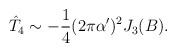
\begin{align*}\hat{T}_4 \sim -\frac{1}{4} (2 \pi \alpha')^2 J_3 (B).\end{align*}